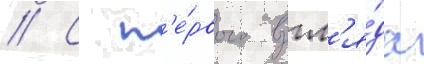
// С п'е́рвого взгл'я́да